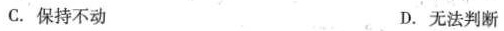
C.保持不动 D.无法判断